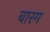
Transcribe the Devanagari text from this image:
बारग